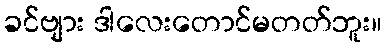
ခင်ဗျား ဒါလေးတောင်မတတ်ဘူး။